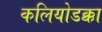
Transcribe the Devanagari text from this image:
कलियोडक्का